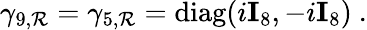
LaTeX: \gamma_{9,\mathcal{R}}=\gamma_{5,\mathcal{R}}={\mathrm{{diag}}}(i{\mathbf{I}}_{8},-i{\mathbf{I}}_{8})~.